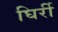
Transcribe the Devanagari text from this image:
घिर्री